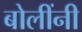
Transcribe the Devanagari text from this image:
बोलींनी